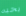
يحبه